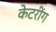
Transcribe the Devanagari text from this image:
केटरींग